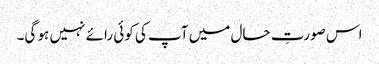
اس صورتِ حال میں آپ کی کوئی رائے نہیں ہو گی۔